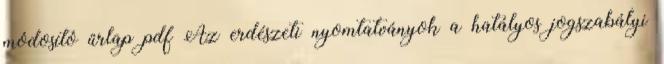
módosító űrlap pdf Az erdészeti nyomtatványok a hatályos jogszabályi